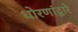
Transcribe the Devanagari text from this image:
धोरणांद्वारे